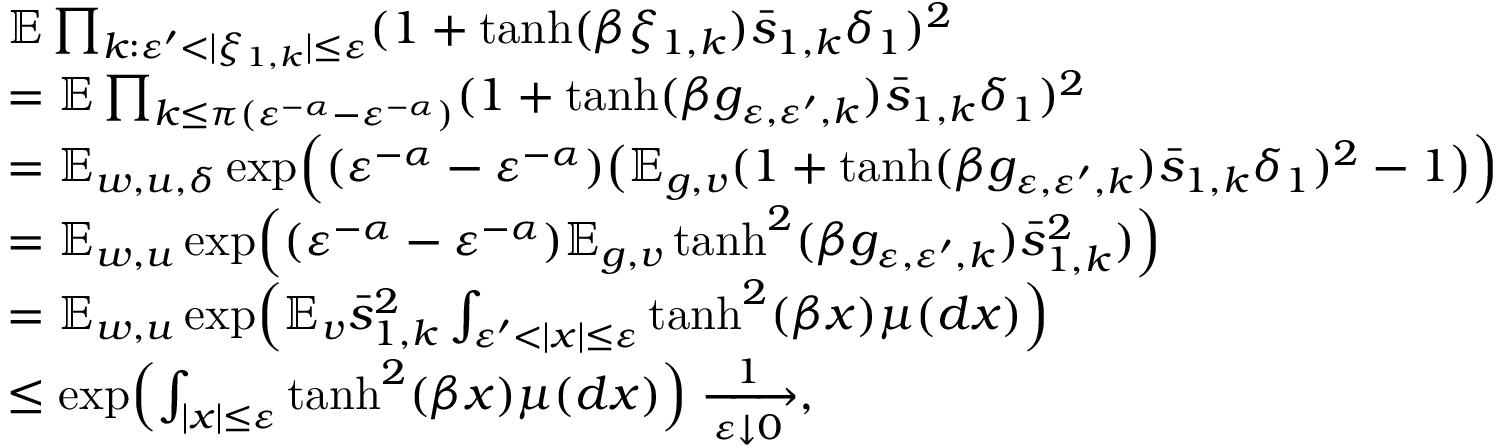
\begin{array} { r l } & { \mathbb E \prod _ { k : \varepsilon ^ { \prime } < | \xi _ { 1 , k } | \le \varepsilon } ( 1 + \operatorname { t a n h } ( \beta \xi _ { 1 , k } ) \bar { s } _ { 1 , k } \delta _ { 1 } ) ^ { 2 } } \\ & { = \mathbb E \prod _ { k \le \pi ( \varepsilon ^ { - \alpha } - \varepsilon ^ { - \alpha } ) } ( 1 + \operatorname { t a n h } ( \beta g _ { \varepsilon , \varepsilon ^ { \prime } , k } ) \bar { s } _ { 1 , k } \delta _ { 1 } ) ^ { 2 } } \\ & { = \mathbb E _ { w , u , \delta } \exp \Bigl ( ( \varepsilon ^ { - \alpha } - \varepsilon ^ { - \alpha } ) \bigl ( \mathbb E _ { g , v } ( 1 + \operatorname { t a n h } ( \beta g _ { \varepsilon , \varepsilon ^ { \prime } , k } ) \bar { s } _ { 1 , k } \delta _ { 1 } ) ^ { 2 } - 1 \bigr ) \Bigr ) } \\ & { = \mathbb E _ { w , u } \exp \Bigl ( ( \varepsilon ^ { - \alpha } - \varepsilon ^ { - \alpha } ) \mathbb E _ { g , v } \operatorname { t a n h } ^ { 2 } ( \beta g _ { \varepsilon , \varepsilon ^ { \prime } , k } ) \bar { s } _ { 1 , k } ^ { 2 } ) \Bigr ) } \\ & { = \mathbb E _ { w , u } \exp \Bigl ( \mathbb E _ { v } \bar { s } _ { 1 , k } ^ { 2 } \int _ { \varepsilon ^ { \prime } < | x | \le \varepsilon } \operatorname { t a n h } ^ { 2 } ( \beta x ) \mu ( d x ) \Bigr ) } \\ & { \le \exp \Bigl ( \int _ { | x | \le \varepsilon } \operatorname { t a n h } ^ { 2 } ( \beta x ) \mu ( d x ) \Bigr ) \xrightarrow [ \varepsilon \downarrow 0 ] 1 , } \end{array}